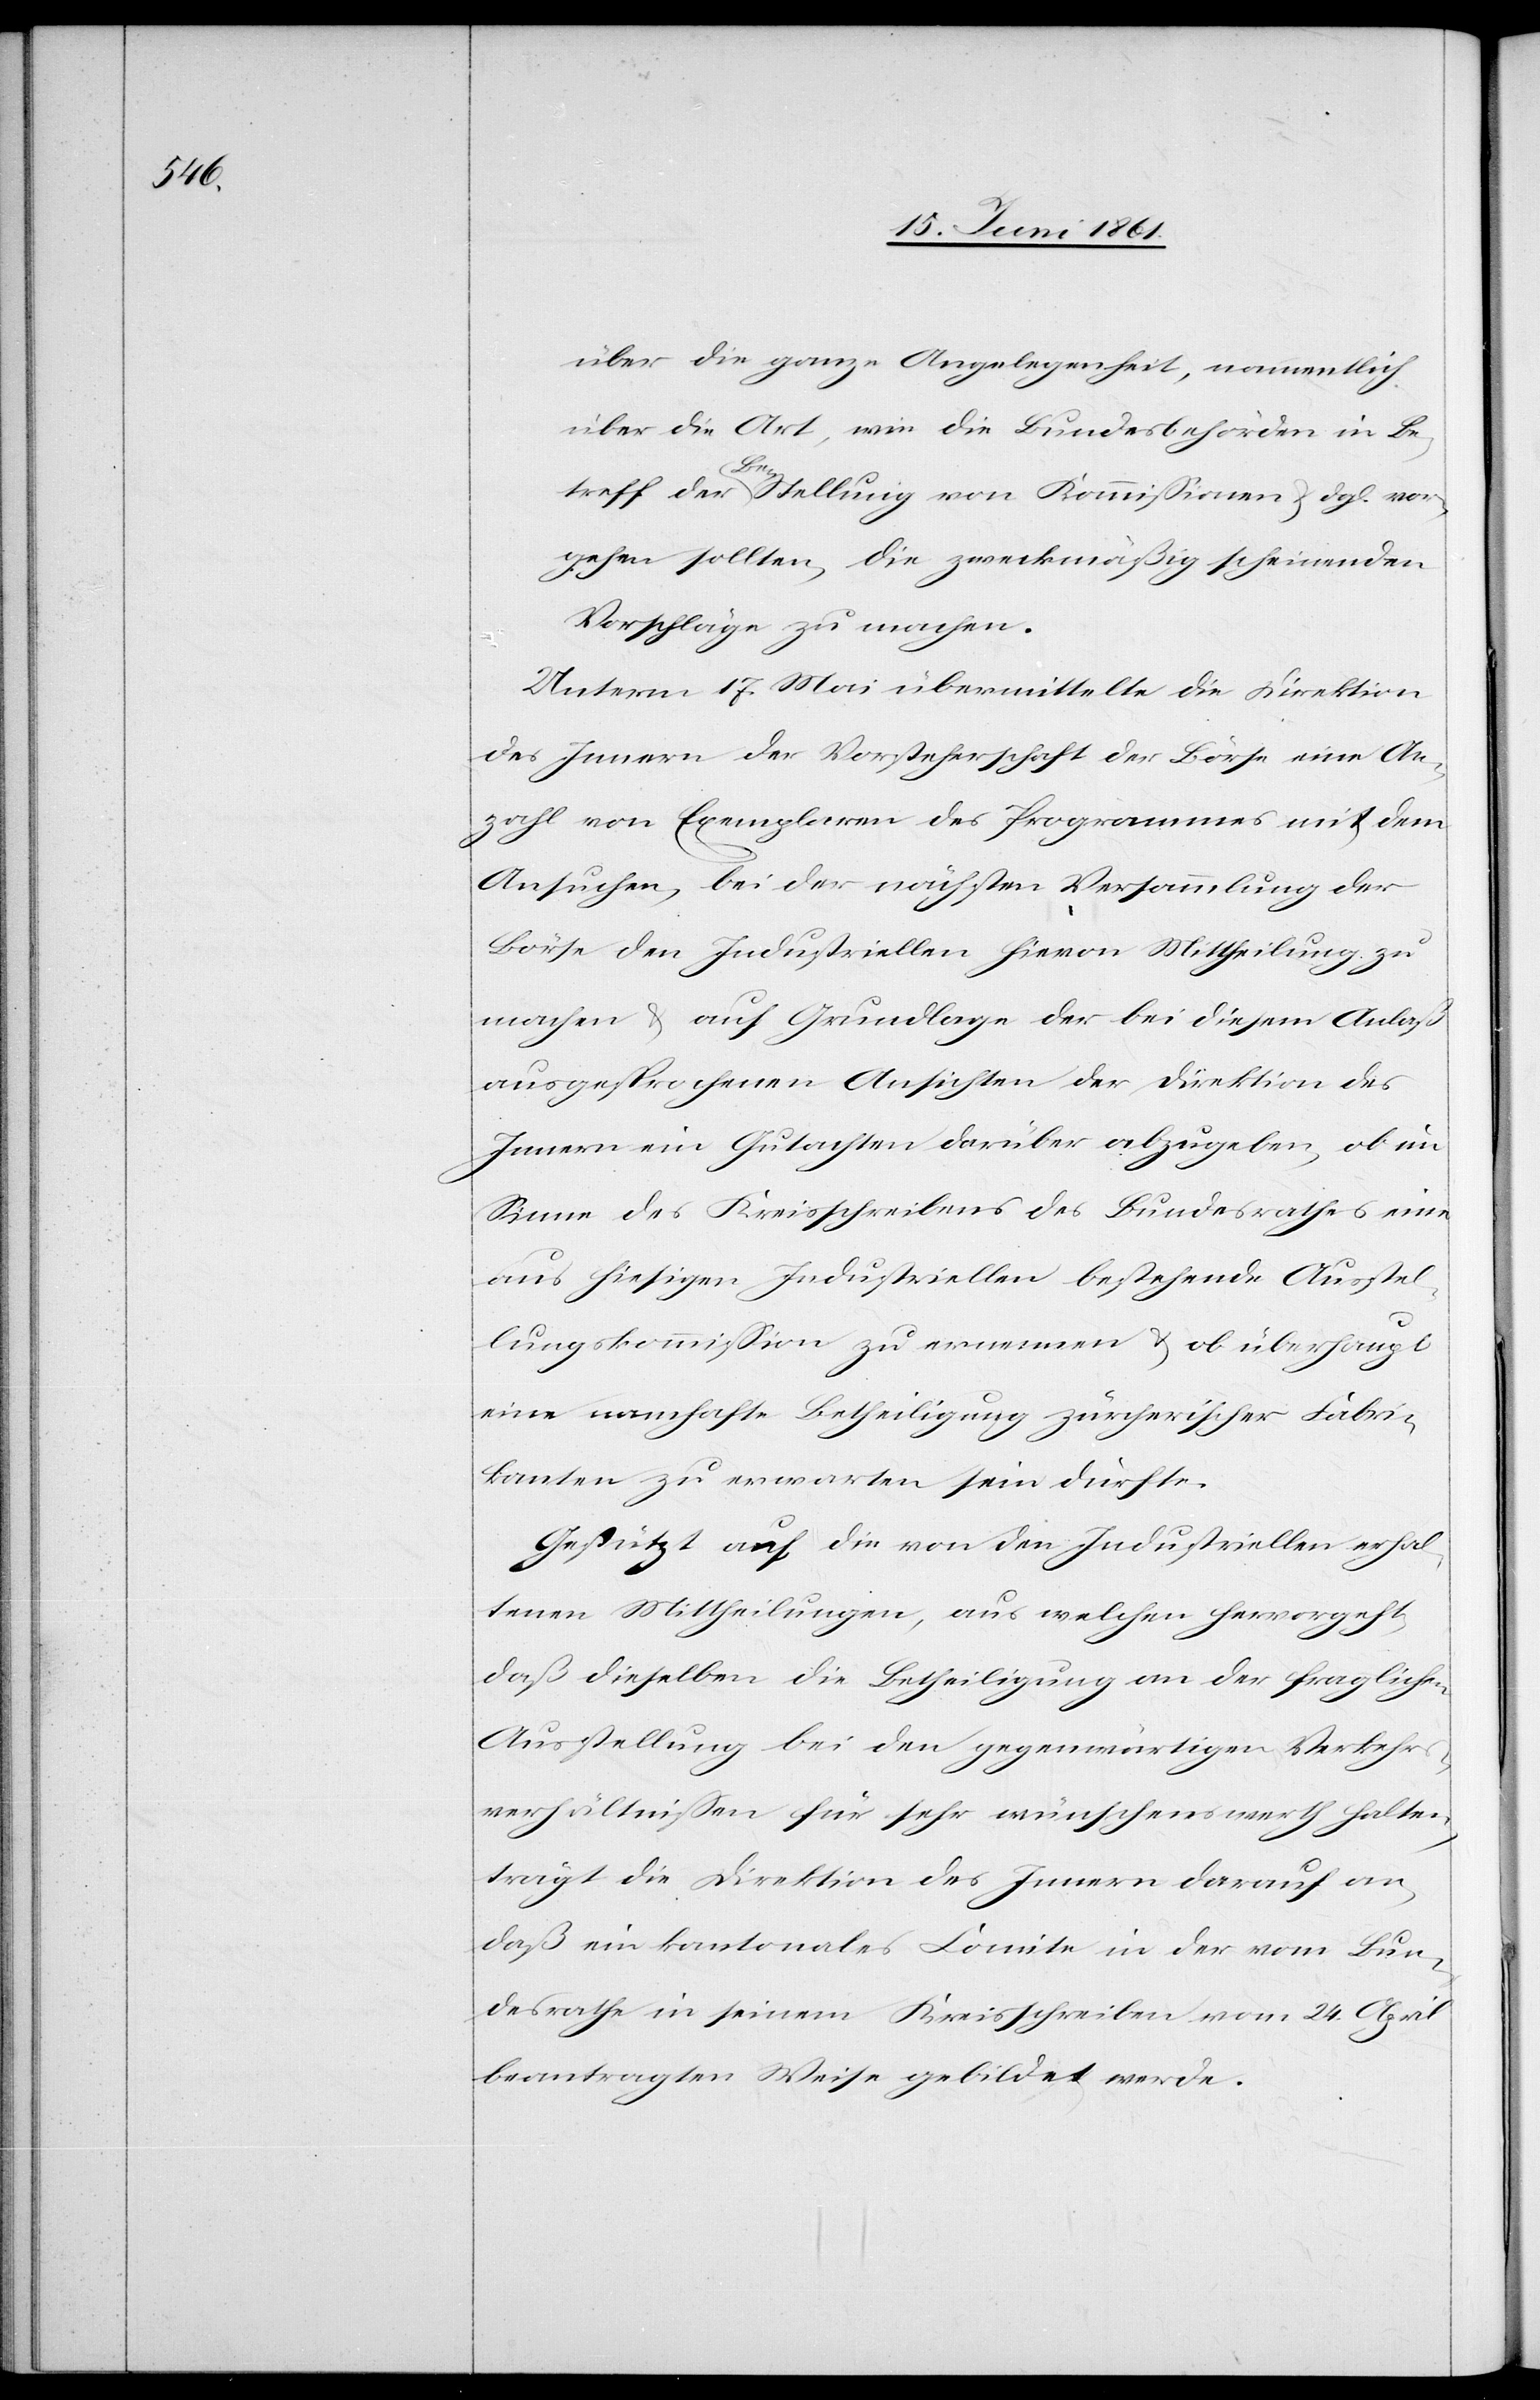
über die ganze Angelegenheit, namentlich
über die Art, wie die Bundesbehörden in Be¬
treff der a-Be-aStellung von Kommissionen u. dgl. vor¬
gehen sollten, die zweckmäßig scheinenden
Vorschläge zu machen.
Unterm 17. Mai übermittelte die Direktion
des Innern der Vorsteherschaft der Börse eine An¬
zahl von Exemplaren des Programmes mit dem
Ansuchen, bei der nächsten Versammlung der
Börse den Industriellen hievon Mittheilung zu
machen u. auf Grundlage der bei diesem Anlaß
ausgesprochenen Ansichten der Direktion des
Innern ein Gutachten darüber abzugeben, ob im
Sinne des Kreisschreibens des Bundesrathes eine
aus hiesigen Industriellen bestehende Ausstel¬
lungskommission zu ernennen u. ob überhaupt
eine namhafte Betheiligung zürcherischer Fabri¬
kanten zu erwarten sein dürfte.
Gestützt auf die von den Industriellen erhal¬
tenen Mittheilungen, aus welchen hervorgeht,
daß dieselben die Betheiligung an der fraglichen
Ausstellung bei den gegenwärtigen Verkehrs¬
verhältnissen für sehr wünschenswerth halten,
trägt die Direktion des Innern darauf an,
daß ein kantonales Comite in der vom Bun¬
desrathe in seinem Kreisschreiben vom 24. April
beantragten Weise gebildet werde.